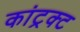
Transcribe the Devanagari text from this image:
कांट्रक्ट